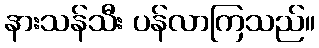
နားသန်သီး ပန်လာကြသည်။